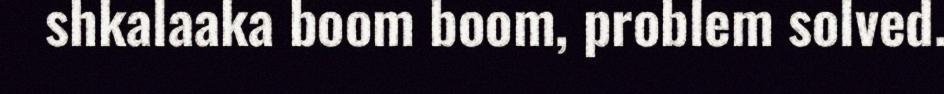
shkalaaka boom boom, problem solved.